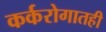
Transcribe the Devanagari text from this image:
कर्करोगातही